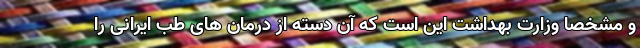
و مشخصاً وزارت بهداشت این است که آن دسته از درمان های طب ایرانی را